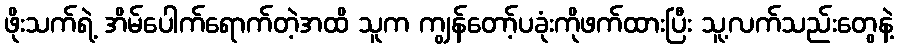
ဖိုးသက်ရဲ့ အိမ်ပေါက်ရောက်တဲ့အထိ သူက ကျွန်တော့်ပခုံးကိုဖက်ထားပြီး သူ့လက်သည်းတွေနဲ့